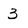
Character: 3